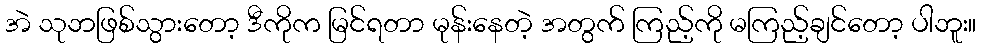
အဲ သုဘဖြစ်သွားတော့ ဒီကိုက မြင်ရတာ မုန်းနေတဲ့ အတွက် ကြည့်ကို မကြည့်ချင်တော့ ပါဘူး။